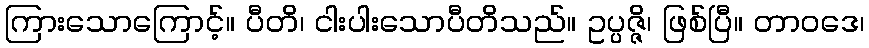
ကြားသောကြောင့်။ ပီတိ၊ ငါးပါးသောပီတိသည်။ ဥပ္ပဇ္ဇိ၊ ဖြစ်ပြီ။ တာဝဒေ၊